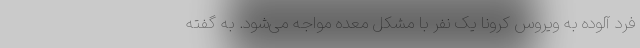
فرد آلوده به ویروس کرونا یک نفر با مشکل معده مواجه می‌شود. به گفته